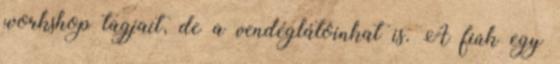
workshop tagjait, de a vendéglátóinkat is. A fiúk egy